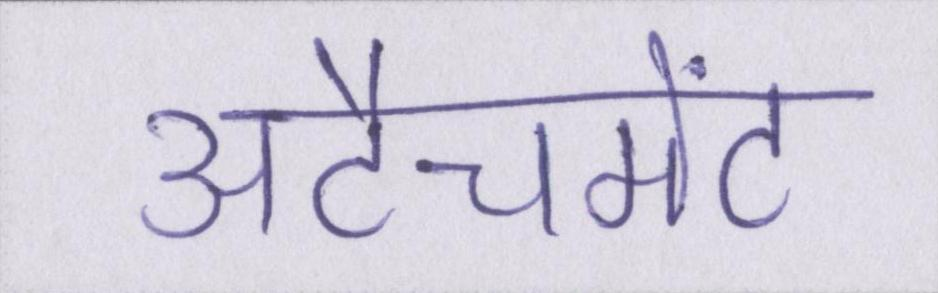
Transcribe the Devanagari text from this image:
अटैचमेंट